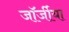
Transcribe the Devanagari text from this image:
जॉर्जीया